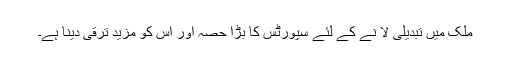
ملک میں تبدیلی لا نے کے لئے سپورٹس کا بڑا حصہ اور اس کو مزید ترقی دینا ہے۔